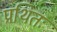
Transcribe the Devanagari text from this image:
प्रथितः